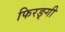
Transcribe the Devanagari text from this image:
फिरङ्गी